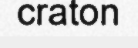
craton